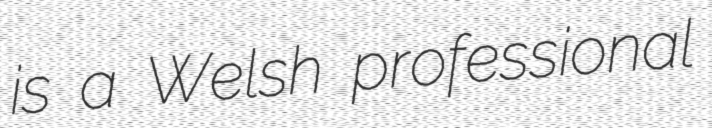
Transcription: is a Welsh professional